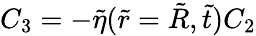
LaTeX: C_{3}=-\tilde{\eta}(\tilde{r}=\tilde{R},\tilde{t})C_{2}